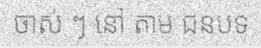
ចាស់ ៗ នៅ តាម ជនបទ